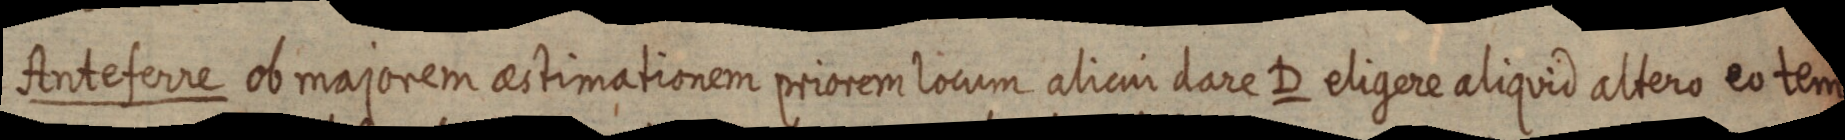
Anteferre ob majorem aestimationem priorem locum alicui dare D eligere aliquid altero eo tem